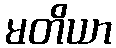
မတိယာ